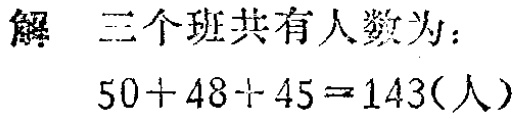
解 三个班共有人数为：

\(50 + 48 + 45 = 143(\text{人})\)